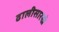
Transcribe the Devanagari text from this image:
ढालीसारखे